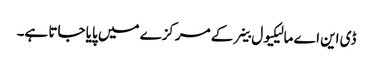
ڈی این اے مالیکیول خلیے کے مرکزے میں پایا جاتا ہے۔